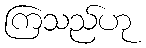
ကြသည်ဟု